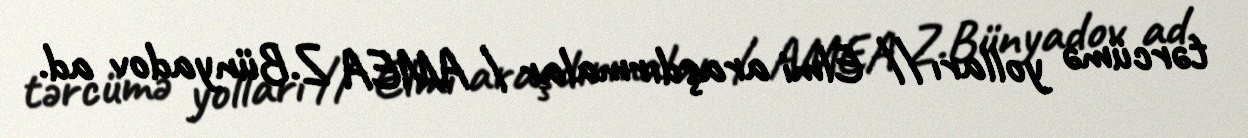
tərcümə yolları // Elmi araşdırmalar / AMEA Z.Bünyadov ad.